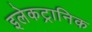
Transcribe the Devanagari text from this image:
इलेकट्रानिक